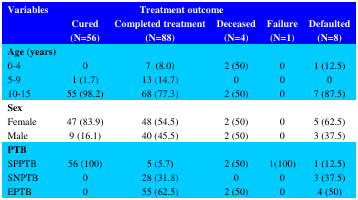
<table><thead><tr><td rowspan="2"><b>Variables </b></td><td colspan="5"><b> Treatment outcome</b></td></tr><tr><td><b>Cured(N=56)</b></td><td><b>Completed treatment(N=88)</b></td><td><b>Deceased(N=4)</b></td><td><b>Failure(N=1)</b></td><td><b>Defaulted(N=8)</b></td></tr></thead><tbody><tr><td><b>Age (years)</b>0-45-910-15</td><td>01 (1.7)55 (98.2)</td><td>7 (8.0)13 (14.7)68 (77.3)</td><td>2 (50)02 (50)</td><td>000</td><td>1 (12.5)07 (87.5)</td></tr><tr><td><b>Sex </b>FemaleMale</td><td>47 (83.9)9 (16.1)</td><td>48 (54.5)40 (45.5)</td><td>2 (50)2 (50)</td><td>00</td><td>5 (62.5)3 (37.5)</td></tr><tr><td><b>PTB</b>SPPTBSNPTBEPTB</td><td>56 (100)00</td><td>5 (5.7)28 (31.8)55 (62.5)</td><td>2 (50)02 (50)</td><td>1(100)00</td><td>1 (12.5)3 (37.5)4 (50)</td></tr></tbody></table>